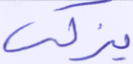
يزكي